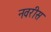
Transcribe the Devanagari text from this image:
नवरीस